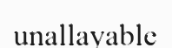
unallayable